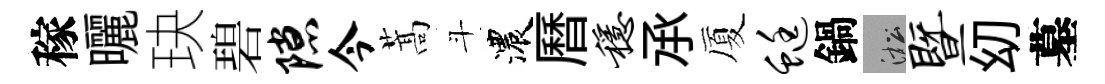
稼曬玦碧隙今蒿斗濃曆稳𠄘厦蜓鍋淞暨㓜墓